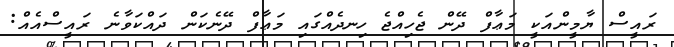
ރައީސް ޔާމީންއަކީ މަޢާފް ދޭން ޖެހިއްޖެ ހިނދެއްގައި މަޢާފް ދޭނެކަން ދައްކަވާނެ ރައީސްއެއް: